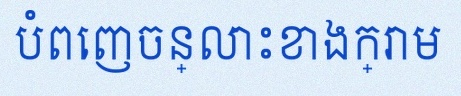
បំពេញចន្លោះខាងក្រោម